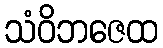
သံဝိဘဇေထ